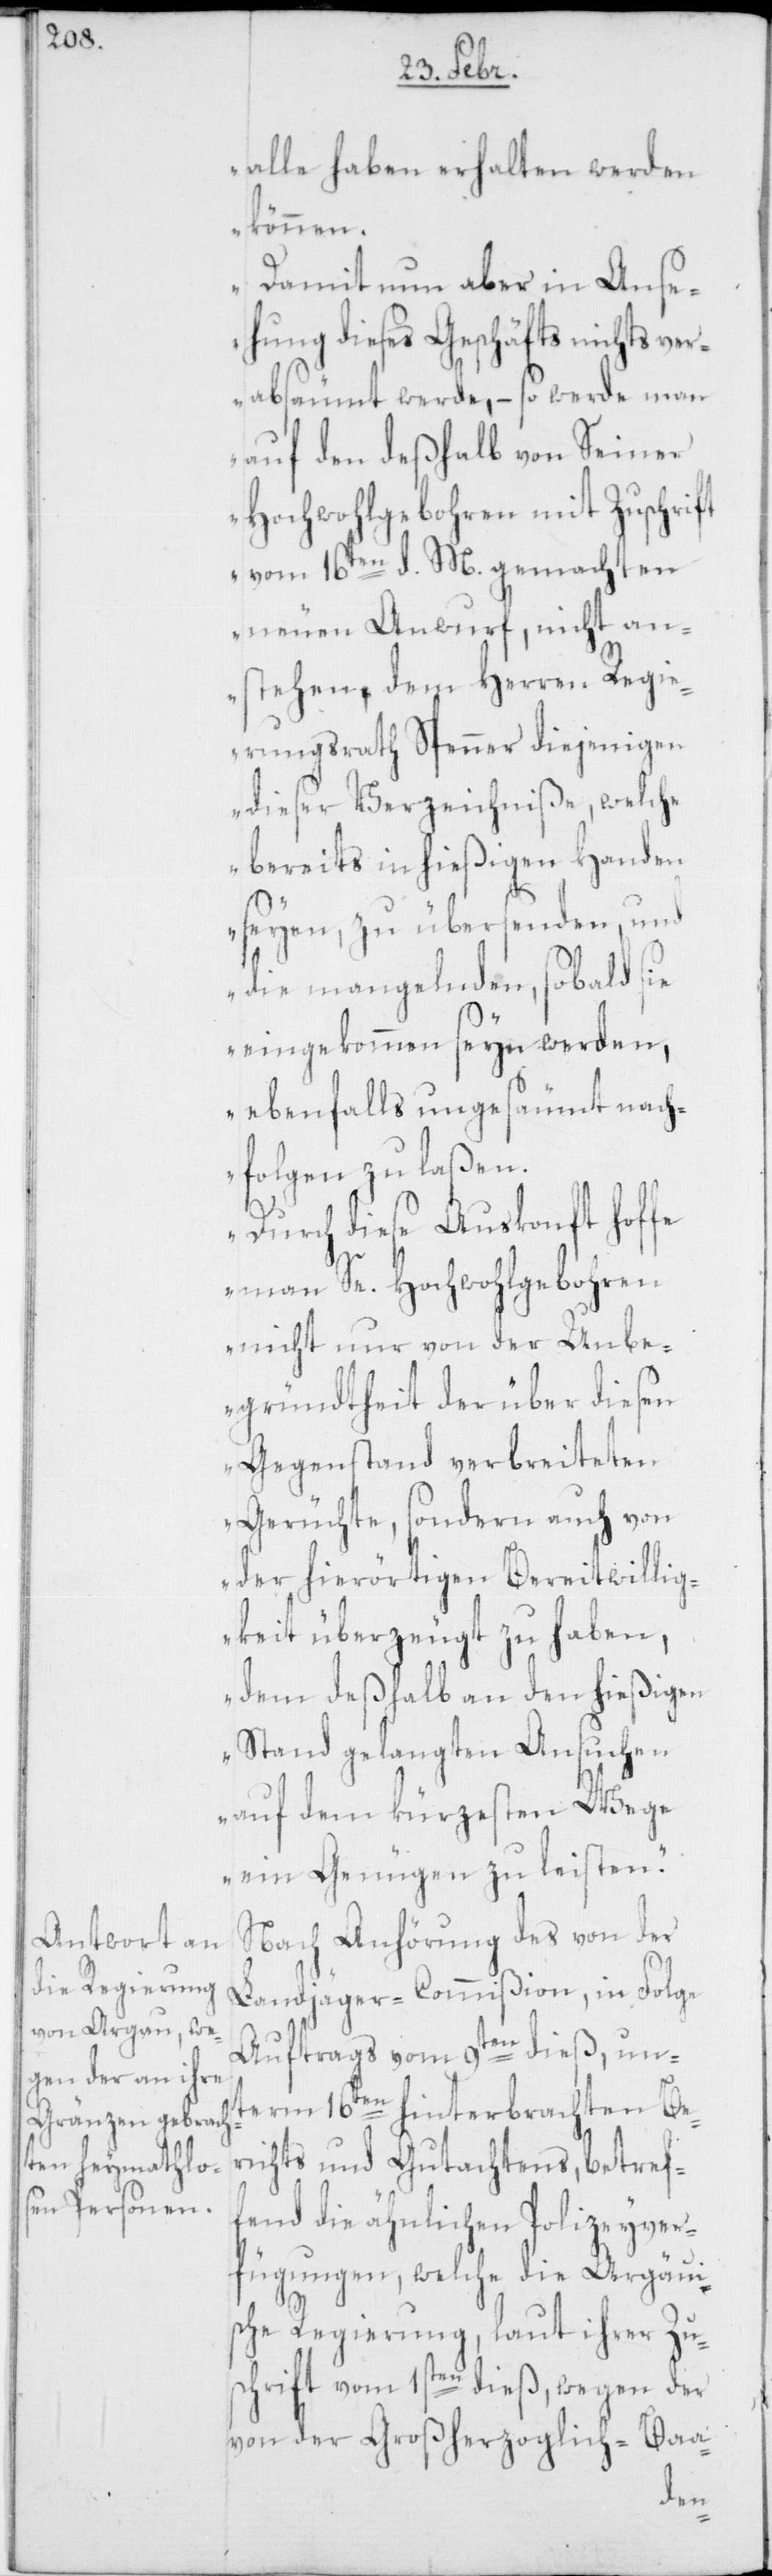
alle haben erhalten werden
können.
Damit nun aber in Anse¬
hung dieses Geschäfts nichts ver¬
absäumt werde, – so werde man
auf den deßhalb von Seiner
Hochwohlgeboren mit Zuschrift
vom 16ten d. M. gemachten
neuen Anwurf, nicht an¬
stehen, dem Herren Regie¬
rungsrath Spenner diejenigen
dieser Verzeichniße, welche
bereits in hießigen Handen
seyen, zu übersenden, und
die mangelnden, sobald sie
eingekommen seyn werden,
ebenfalls ungesäumt nach¬
folgen zu laßen.
Durch diese Auskunft hoffe
man Se. Hochwohlgeboren
nicht nur von der Unbe¬
gründtheit der über diesen
Gegenstand verbreiteten
Gerüchte, sondern auch von
der hierörtigen Bereitwillig¬
keit überzeugt zu haben,
dem deßhalb an den hießigen
Stand gelangten Ansuchen
auf dem kürzesten Wege
ein Genügen zu leisten.“
Nach Anhörung des von der
Landjäger-Commißion, in Folge
Auftrags vom 9ten dieß, un¬
term 16ten hinterbrachten Be¬
richts und Gutachtens, betref¬
fend die ähnlichen Polizeyver¬
fügungen, welche die Argaui¬
sche Regierung, laut ihrer Zu¬
schrift vom 1sten dieß, wegen der
von der Großherzoglich-Baa-